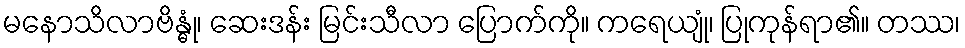
မနောသိလာဗိန္ဓုံ၊ ဆေးဒန်း မြင်းသီလာ ပြောက်ကို။ ကရေယျုံ၊ ပြုကုန်ရာ၏။ တဿ၊